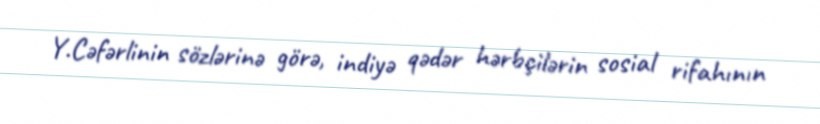
Y.Cəfərlinin sözlərinə görə, indiyə qədər hərbçilərin sosial rifahının